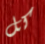
كل